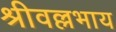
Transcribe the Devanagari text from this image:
श्रीवल्लभाय